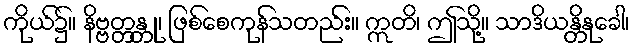
ကိုယ်၌။ နိဗ္ဗတ္တန္တု၊ ဖြစ်စေကုန်သတည်း။ ဣတိ၊ ဤသို့။ သာဒိယန္တိနုခေါ၊